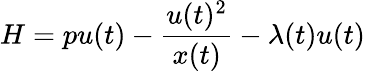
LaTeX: H=pu(t)-{\frac{u(t)^{2}}{x(t)}}-\lambda(t)u(t)